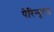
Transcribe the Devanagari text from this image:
पेरिन्यूरल